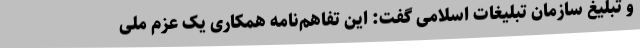
و تبلیغ سازمان تبلیغات اسلامی گفت: این تفاهم‌نامه همکاری یک عزم ملی